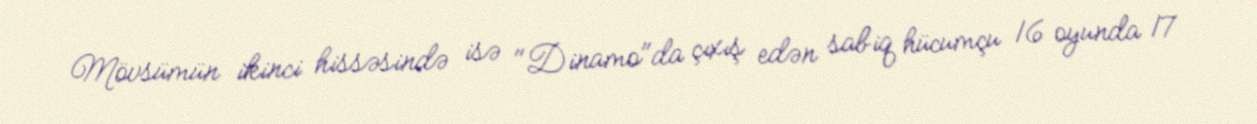
Mövsümün ikinci hissəsində isə "Dinamo"da çıxış edən sabiq hücumçu 16 oyunda 17